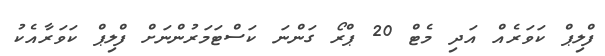
ފްލިޕް ކަވަރެއް އަދި މެޓް 20 ޕްރޯ ގަންނަ ކަސްޓަމަރުންނަށް ފްލިޕް ކަވަރާއެކު